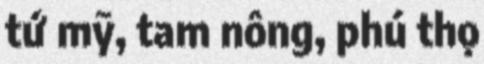
tứ mỹ, tam nông, phú thọ